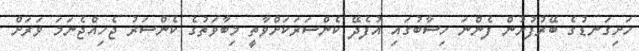
ހަށިގަނޑުގެ ބޭރުފުށުން ފެންނަ ހިސާބުގައި އުފެދޭ ކެންސަރަކަށްވާތީ މިބާވަތުގެ ކެންސަރު ޖެހިއްޖެނަމަ ވަރަށް